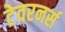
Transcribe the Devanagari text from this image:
टेवरनर्स